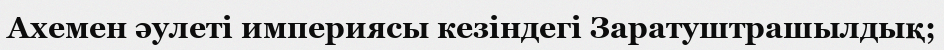
Ахемен әулеті империясы кезіндегі Заратуштрашылдық;